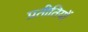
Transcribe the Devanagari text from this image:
प्रतीतियों